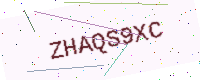
Text: ZHAQS9XC